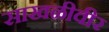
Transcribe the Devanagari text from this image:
साखळीवीर